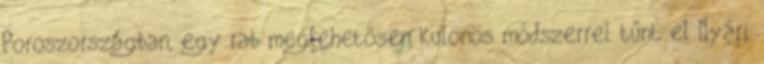
Poroszországban, egy rab meglehetősen különös módszerrel tűnt el Nyári